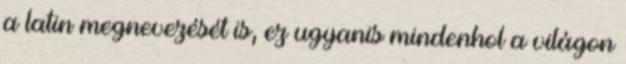
a latin megnevezését is, ez ugyanis mindenhol a világon